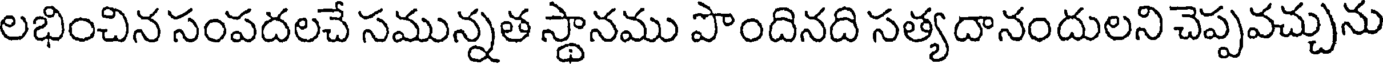
లభించిన సంపదలచే సమున్నత స్థానము పొందినది సత్యదానందులని చెప్పవచ్చును